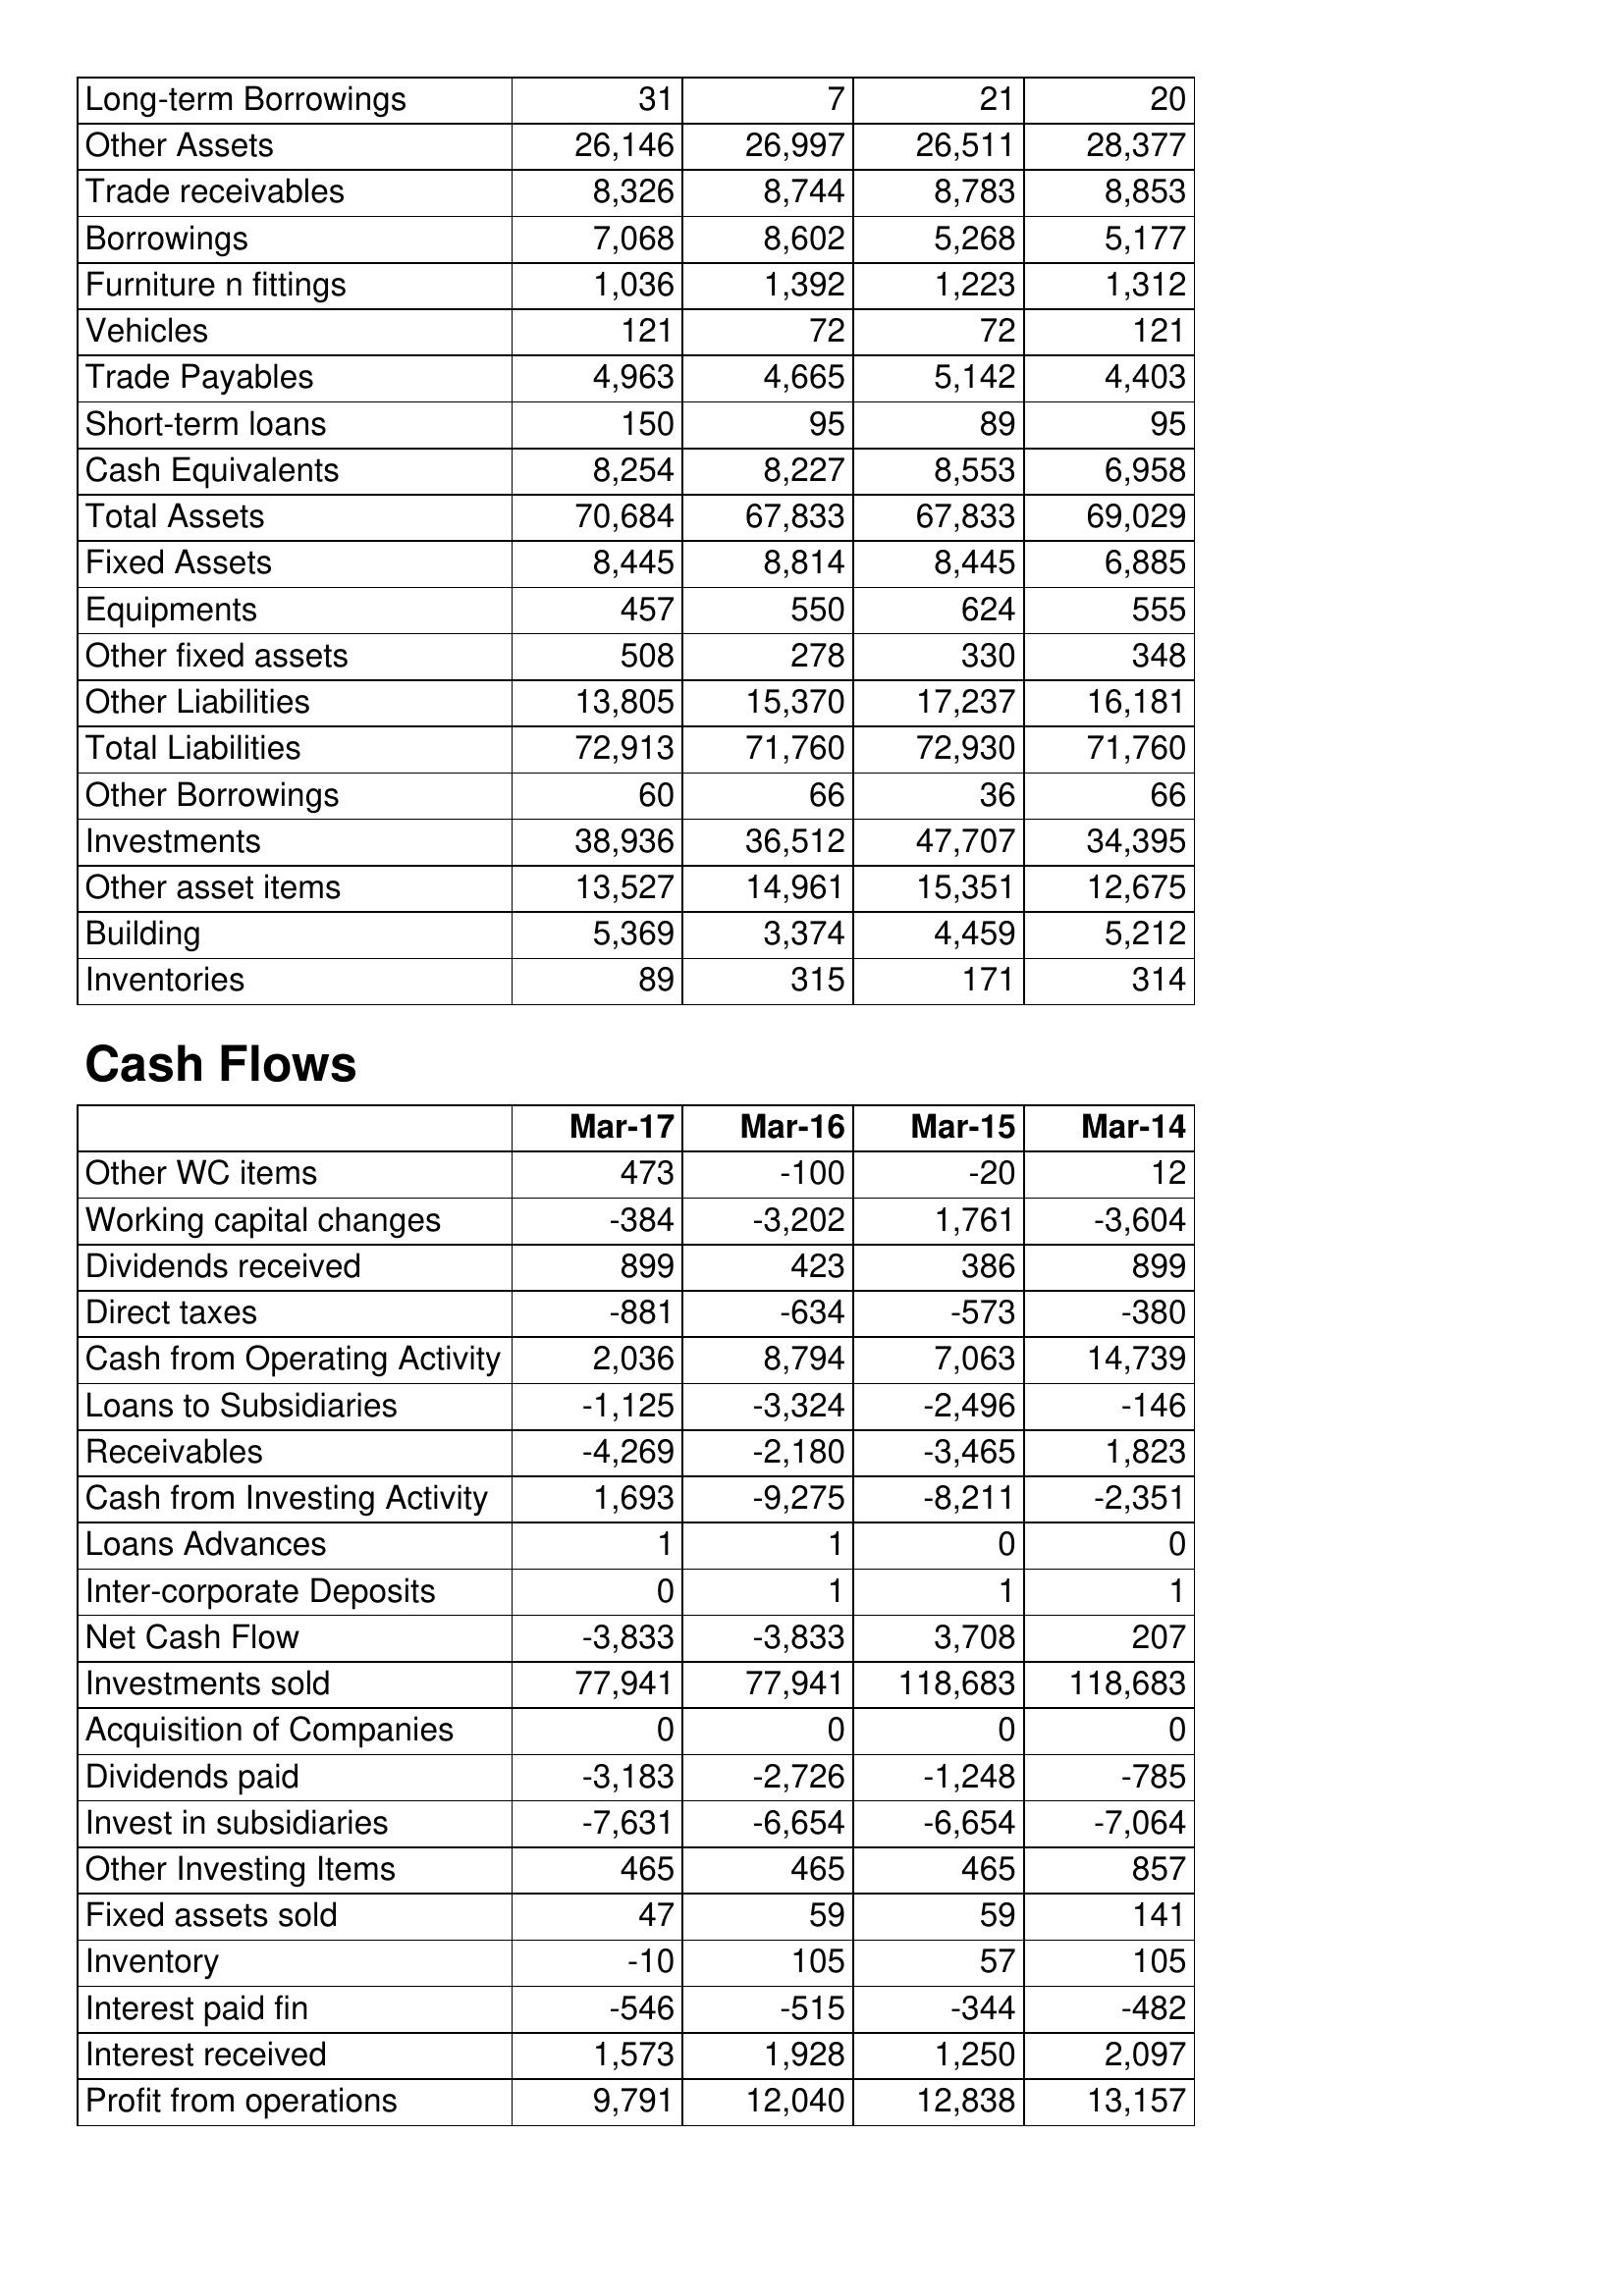
Mar-17: Balance Sheet: Long-term Borrowings: 31
Other Assets: 26,146
Trade receivables: 8,326
Borrowings: 7,068
Furniture n fittings: 1,036
Vehicles: 121
Trade Payables: 4,963
Short-term loans: 150
Cash Equivalents: 8,254
Total Assets: 70,684
Fixed Assets: 8,445
Equipments: 457
Other fixed assets: 508
Other Liabilities: 13,805
Total Liabilities: 72,913
Other Borrowings: 60
Investments: 38,936
Other asset items: 13,527
Building: 5,369
Inventories: 89
Cash Flows: Other WC items: 473
Working capital changes: -384
Dividends received: 899
Direct taxes: -881
Cash from Operating Activity: 2,036
Loans to Subsidiaries: -1,125
Receivables: -4,269
Cash from Investing Activity: 1,693
Loans Advances: 1
Inter-corporate Deposits: 0
Net Cash Flow: -3,833
Investments sold: 77,941
Acquisition of Companies: 0
Dividends paid: -3,183
Invest in subsidiaries: -7,631
Other Investing Items: 465
Fixed assets sold: 47
Inventory: -10
Interest paid fin: -546
Interest received: 1,573
Profit from operations: 9,791
Mar-16: Balance Sheet: Long-term Borrowings: 7
Other Assets: 26,997
Trade receivables: 8,744
Borrowings: 8,602
Furniture n fittings: 1,392
Vehicles: 72
Trade Payables: 4,665
Short-term loans: 95
Cash Equivalents: 8,227
Total Assets: 67,833
Fixed Assets: 8,814
Equipments: 550
Other fixed assets: 278
Other Liabilities: 15,370
Total Liabilities: 71,760
Other Borrowings: 66
Investments: 36,512
Other asset items: 14,961
Building: 3,374
Inventories: 315
Cash Flows: Other WC items: -100
Working capital changes: -3,202
Dividends received: 423
Direct taxes: -634
Cash from Operating Activity: 8,794
Loans to Subsidiaries: -3,324
Receivables: -2,180
Cash from Investing Activity: -9,275
Loans Advances: 1
Inter-corporate Deposits: 1
Net Cash Flow: -3,833
Investments sold: 77,941
Acquisition of Companies: 0
Dividends paid: -2,726
Invest in subsidiaries: -6,654
Other Investing Items: 465
Fixed assets sold: 59
Inventory: 105
Interest paid fin: -515
Interest received: 1,928
Profit from operations: 12,040
Mar-15: Balance Sheet: Long-term Borrowings: 21
Other Assets: 26,511
Trade receivables: 8,783
Borrowings: 5,268
Furniture n fittings: 1,223
Vehicles: 72
Trade Payables: 5,142
Short-term loans: 89
Cash Equivalents: 8,553
Total Assets: 67,833
Fixed Assets: 8,445
Equipments: 624
Other fixed assets: 330
Other Liabilities: 17,237
Total Liabilities: 72,930
Other Borrowings: 36
Investments: 47,707
Other asset items: 15,351
Building: 4,459
Inventories: 171
Cash Flows: Other WC items: -20
Working capital changes: 1,761
Dividends received: 386
Direct taxes: -573
Cash from Operating Activity: 7,063
Loans to Subsidiaries: -2,496
Receivables: -3,465
Cash from Investing Activity: -8,211
Loans Advances: 0
Inter-corporate Deposits: 1
Net Cash Flow: 3,708
Investments sold: 118,683
Acquisition of Companies: 0
Dividends paid: -1,248
Invest in subsidiaries: -6,654
Other Investing Items: 465
Fixed assets sold: 59
Inventory: 57
Interest paid fin: -344
Interest received: 1,250
Profit from operations: 12,838
Mar-14: Balance Sheet: Long-term Borrowings: 20
Other Assets: 28,377
Trade receivables: 8,853
Borrowings: 5,177
Furniture n fittings: 1,312
Vehicles: 121
Trade Payables: 4,403
Short-term loans: 95
Cash Equivalents: 6,958
Total Assets: 69,029
Fixed Assets: 6,885
Equipments: 555
Other fixed assets: 348
Other Liabilities: 16,181
Total Liabilities: 71,760
Other Borrowings: 66
Investments: 34,395
Other asset items: 12,675
Building: 5,212
Inventories: 314
Cash Flows: Other WC items: 12
Working capital changes: -3,604
Dividends received: 899
Direct taxes: -380
Cash from Operating Activity: 14,739
Loans to Subsidiaries: -146
Receivables: 1,823
Cash from Investing Activity: -2,351
Loans Advances: 0
Inter-corporate Deposits: 1
Net Cash Flow: 207
Investments sold: 118,683
Acquisition of Companies: 0
Dividends paid: -785
Invest in subsidiaries: -7,064
Other Investing Items: 857
Fixed assets sold: 141
Inventory: 105
Interest paid fin: -482
Interest received: 2,097
Profit from operations: 13,157